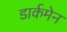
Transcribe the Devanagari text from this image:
डार्कमेन